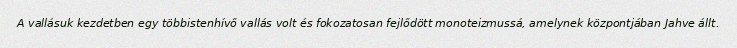
A vallásuk kezdetben egy többistenhívő vallás volt és fokozatosan fejlődött monoteizmussá, amelynek központjában Jahve állt.